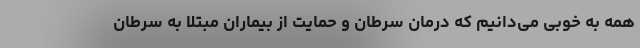
همه به خوبی می‌دانیم که درمان سرطان و حمایت از بیماران مبتلا به سرطان